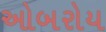
ઓબરોય